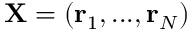
\mathbf { X } = ( \mathbf { r } _ { 1 } , . . . , \mathbf { r } _ { N } )